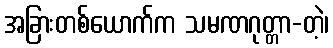
အခြားတစ်ယောက်က သမဏဂုတ္တာ-တဲ့၊